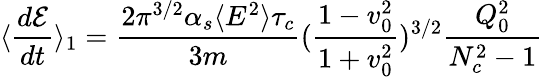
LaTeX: \langle{\frac{d{\cal{E}}}{dt}}\rangle_{1}={\frac{2\pi^{3/2}\alpha_{s}\langle E^{2}\rangle\tau_{c}}{3m}}({\frac{1-v_{0}^{2}}{1+v_{0}^{2}}})^{3/2}{\frac{Q_{0}^{2}}{N_{c}^{2}-1}}